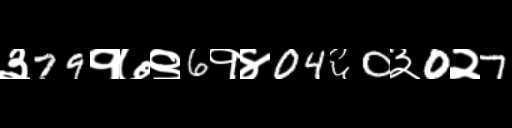
Text: ३79१७९6१४04६0३0२7